Madras plague regulations and rules - Volume 2
Disease focus: Plague
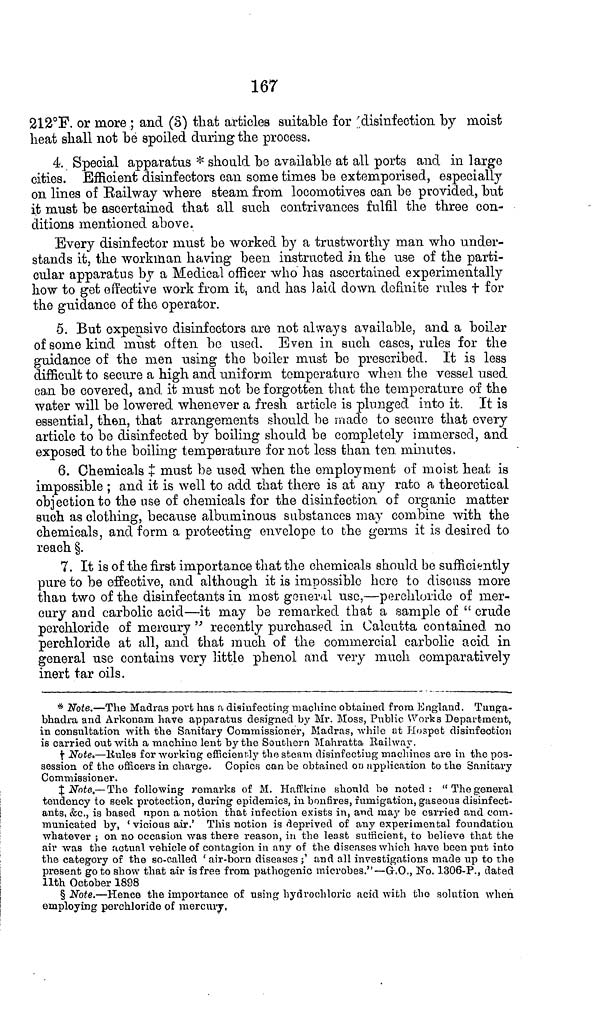
167
212°F. or more ; and (3) that articles suitable for disinfection by moist
heat shall not be spoiled during the process.
4 Special apparatus * should bo available at all ports and in large
cities. Efficient disinfectors can some times be extemporised, especially
on lines of Railway where steam from locomotives can be provided, but
it must be ascertained that all such contrivances fulfil the three con-
ditions mentioned above.
Every disinfector must be worked by a trustworthy man who under-
stands it, the workman having been instructed in the use of the parti-
cular apparatus by a Medical officer who has ascertained experimentally
how to get effective work from it, and has laid down definite rules † for
the guidance of the operator.
5. But expensive disinfectors are not always available, and a boiler
of some kind must often bo used. Even in such cases, rules for the
guidance of the men using the boiler must be prescribed. It is less
difficult to secure a high and uniform temperature when the vessel used
can be covered, and it must not be forgotten that the temperature of the
water will be lowered whenever a fresh article is plunged into it. It is
essential, then, that arrangements should be made to secure that every
article to be disinfected by boiling should be completely immersed, and
exposed to the boiling temperature for not less than ten minutes,
6. Chemicals ‡ must be used when the employment of moist heat is
impossible ; and it is well to add that there is at any rate a theoretical
objection to the use of chemicals for the disinfection of organic matter
such as clothing, because albuminous substances may combine with the
chemicals, and form a protecting envelope to the germs it is desired to
reach §.
7. It is of the first importance that the chemicals should be sufficiently
pure to be effective, and although it is impossible hero to discuss more
than two of the disinfectants in most general use,—perchloride of mer-
cury and carbolic acid—it may be remarked that a sample of " crude
perchloride of mercury " recently purchased in Calcutta contained no
perchloride at all, and that much of the commercial carbolic acid in
general use contains very little phenol and very much comparatively
inert tar oils.
* Note.—The Madras port has a disinfecting machine obtained from England. Tunga-
bhadra and Arkonam have apparatus designed by Mr. Moss, Public Works Department,
in consultation with the Sanitary Commissioner, Madras, while at Hospet disinfection
is carried out with a machine lent by the Southern Mahratta Railway.
† Note.—Rules for working efficiently the steam disinfecting machines are in the pos-
session of the officers in charge. Copies can be obtained on application to the Sanitary
Commissioner.
‡ Note.—The following remarks of M. Haffkine should be noted: "The general
tendency to seek protection, daring epidemics, in bonfires, fumigation, gaseous disinfect-
ants, &c., is based upon a notion that infection exists in, and may be carried and com-
municated by, 'vicious air.' This notion is deprived of any experimental foundation
whatever ; on no occasion was there reason, in the least sufficient, to believe that the
air was the actual vehicle of contagion in any of the diseases which have been put into
the category of the so-called 'air-born diseases ;' and all investigations made up to the
present go to show that air is free from pathogenic microbes."— G.O., No. 1306-P., dated
11th October 1898
§ Note.—Hence the importance of using hydrochloric acid with the solution when
employing perchloride of mercury,